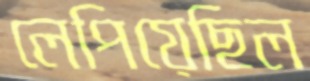
লেপিয়েছিল